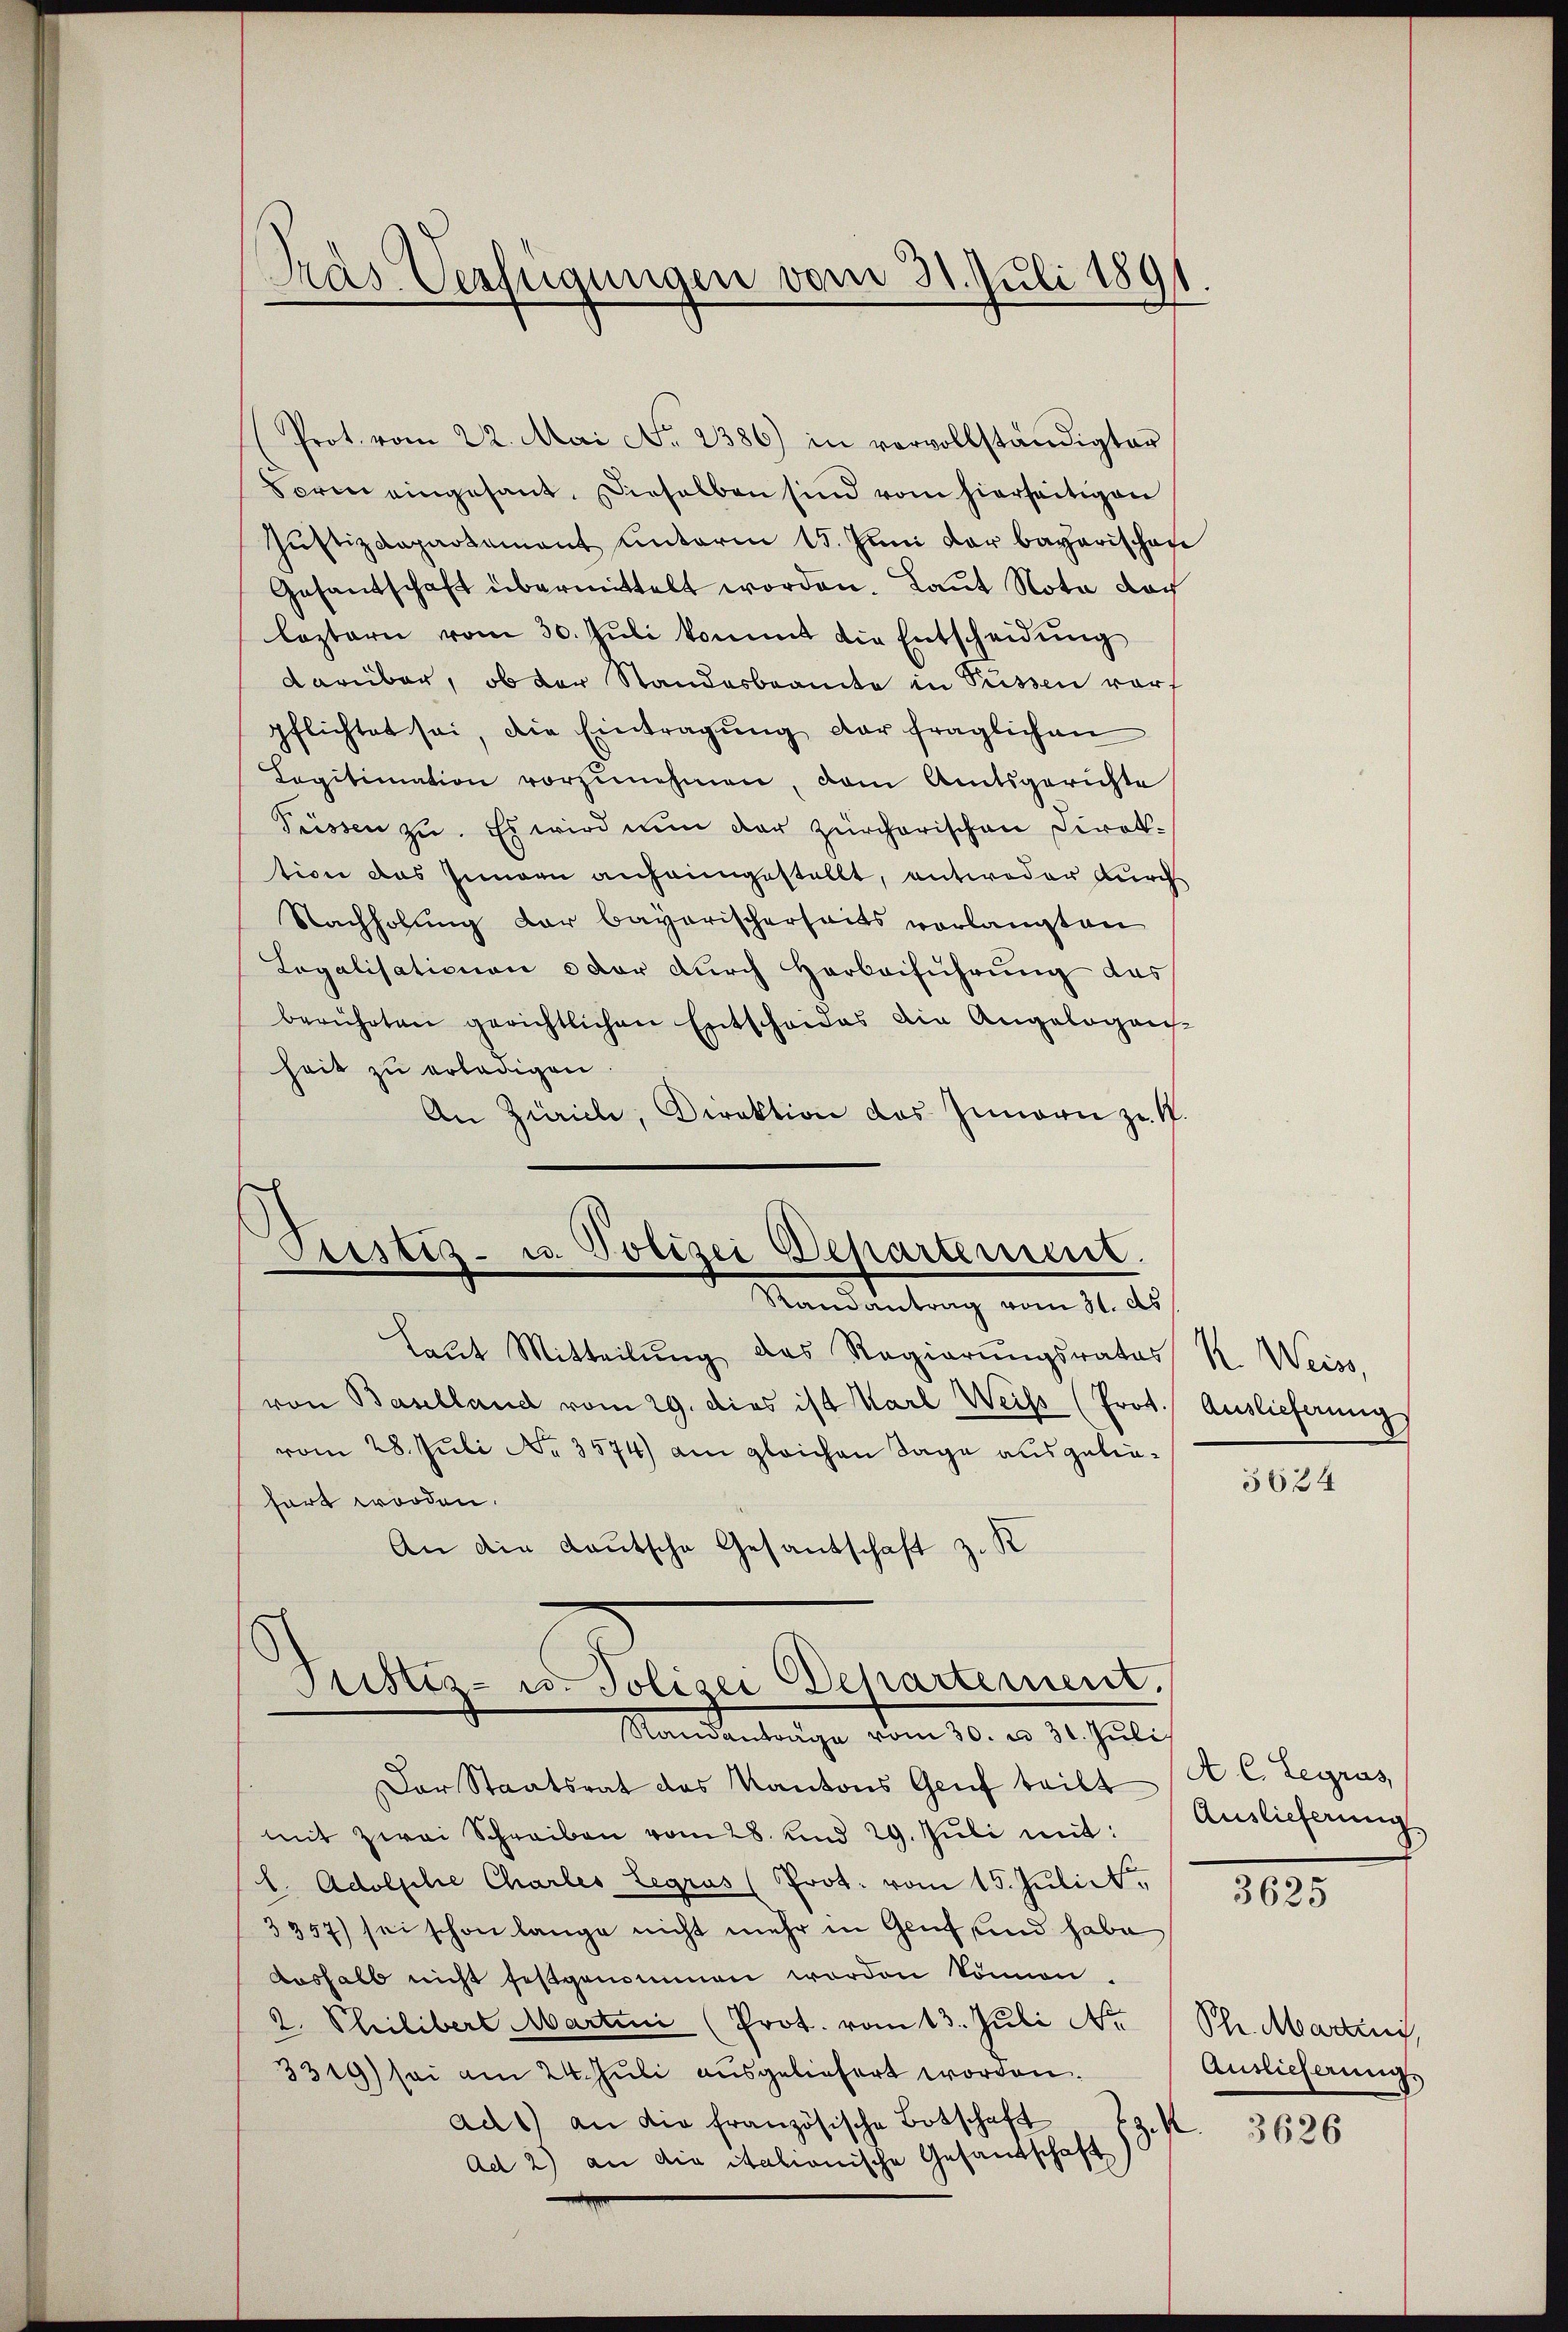
Tras Verfügungen vom 31. Juli 1891

(Prot. vom 22. Mai No. 2386) in vervollständigter
Sore eingesant. Dieselben sind vom hierseitigen
Justizdepartement unterm 15. Juni der bayerischafe
Gesantschaft übermittelt worden. Laut Nota doch
leztern vom 30. Jŭli kommt die Entscheidung
darüber, ob der Standesbeamte in Füssen vorf
pflichtet sei, die Eintragŭng der fraglichen
Legitimation vorzŭnehmen, dem Amtsgerichte
Füssen zu. Es wird nun der zürcherischen Direktion des Innern anfangestellt, entweder durch
Nachholung der bayerischerseits verlangten
Legalisationen oder durch Herbeiführung das
berührten gerichtlichen Entscheides die Angelegens-
heit zu erledigen.
An Zürich, Direktion das Innern zu. S.
Laut Mitteilŭng des Regierŭngsrates R. Weiss,
von Baselland vom 29. dies ist Karl Weiss (Prot. Auslieferung
vom 28. Juli No 3574) am gleichen Tage ausgeliehört worden.
An die Lautsche Gesandschaft z. K
Justiz- u. Polizei Departement.
Standentrage vom 30. v. 31. Juli
Der Staatsrat des Kantons Genf teilt (C. Legras
mit zwei Schreiben vom 28. und 29. Jŭli mit: Auslieferung
l. Adolphie Chartes Legrus (Prot. vom 15. Julii,
3957) sei schon lange nicht mehr in Genf sind habe
deshalb nicht festgenommen worden können.
2. Philibert Martini (Prot. vom 13. Juli No (Str. Martini
3319) sei am 24. Juli ausgeliefert worden.
ad1) an die französische Botschaft
3
Ad 2) an die italionische Gesandtschaft

Justiz- u. Polizei Departement.
Randantrag vom 11. ds.

5624

3625

Auslieferung

3626